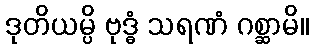
ဒုတိယမ္ပိ ဗုဒ္ဓံ သရဏံ ဂစ္ဆာမိ။